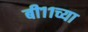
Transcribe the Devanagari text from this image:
बी११च्या